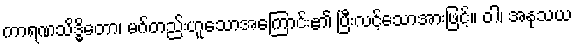
ကာရဏသိဒ္ဓိတော၊ မဂ်တည်းဟူသောအကြောင်း၏ ပြီးလင့်သောအားဖြင့်။ ဝါ၊ အနုသယ